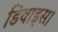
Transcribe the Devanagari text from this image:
डिवाइस।